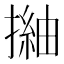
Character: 𢳏